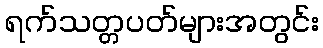
ရက်သတ္တပတ်များအတွင်း